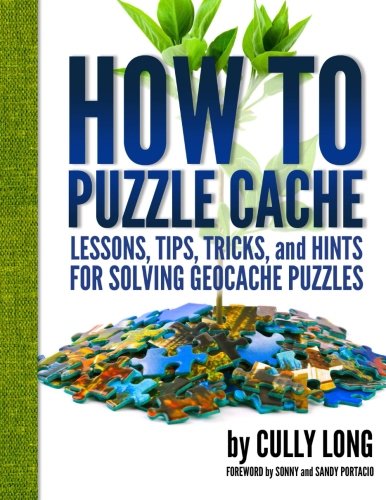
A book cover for How To Puzzle Cache; Cully Long; Engineering & Transportation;